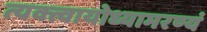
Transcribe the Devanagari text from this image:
त्यक्त्वायोध्यामरण्यं